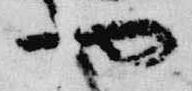
也